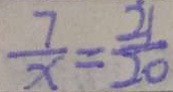
\frac { 7 } { x } = \frac { 2 1 } { 2 0 }